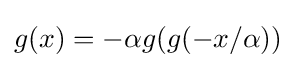
g(x)=-\alpha g(g(-x/\alpha ))